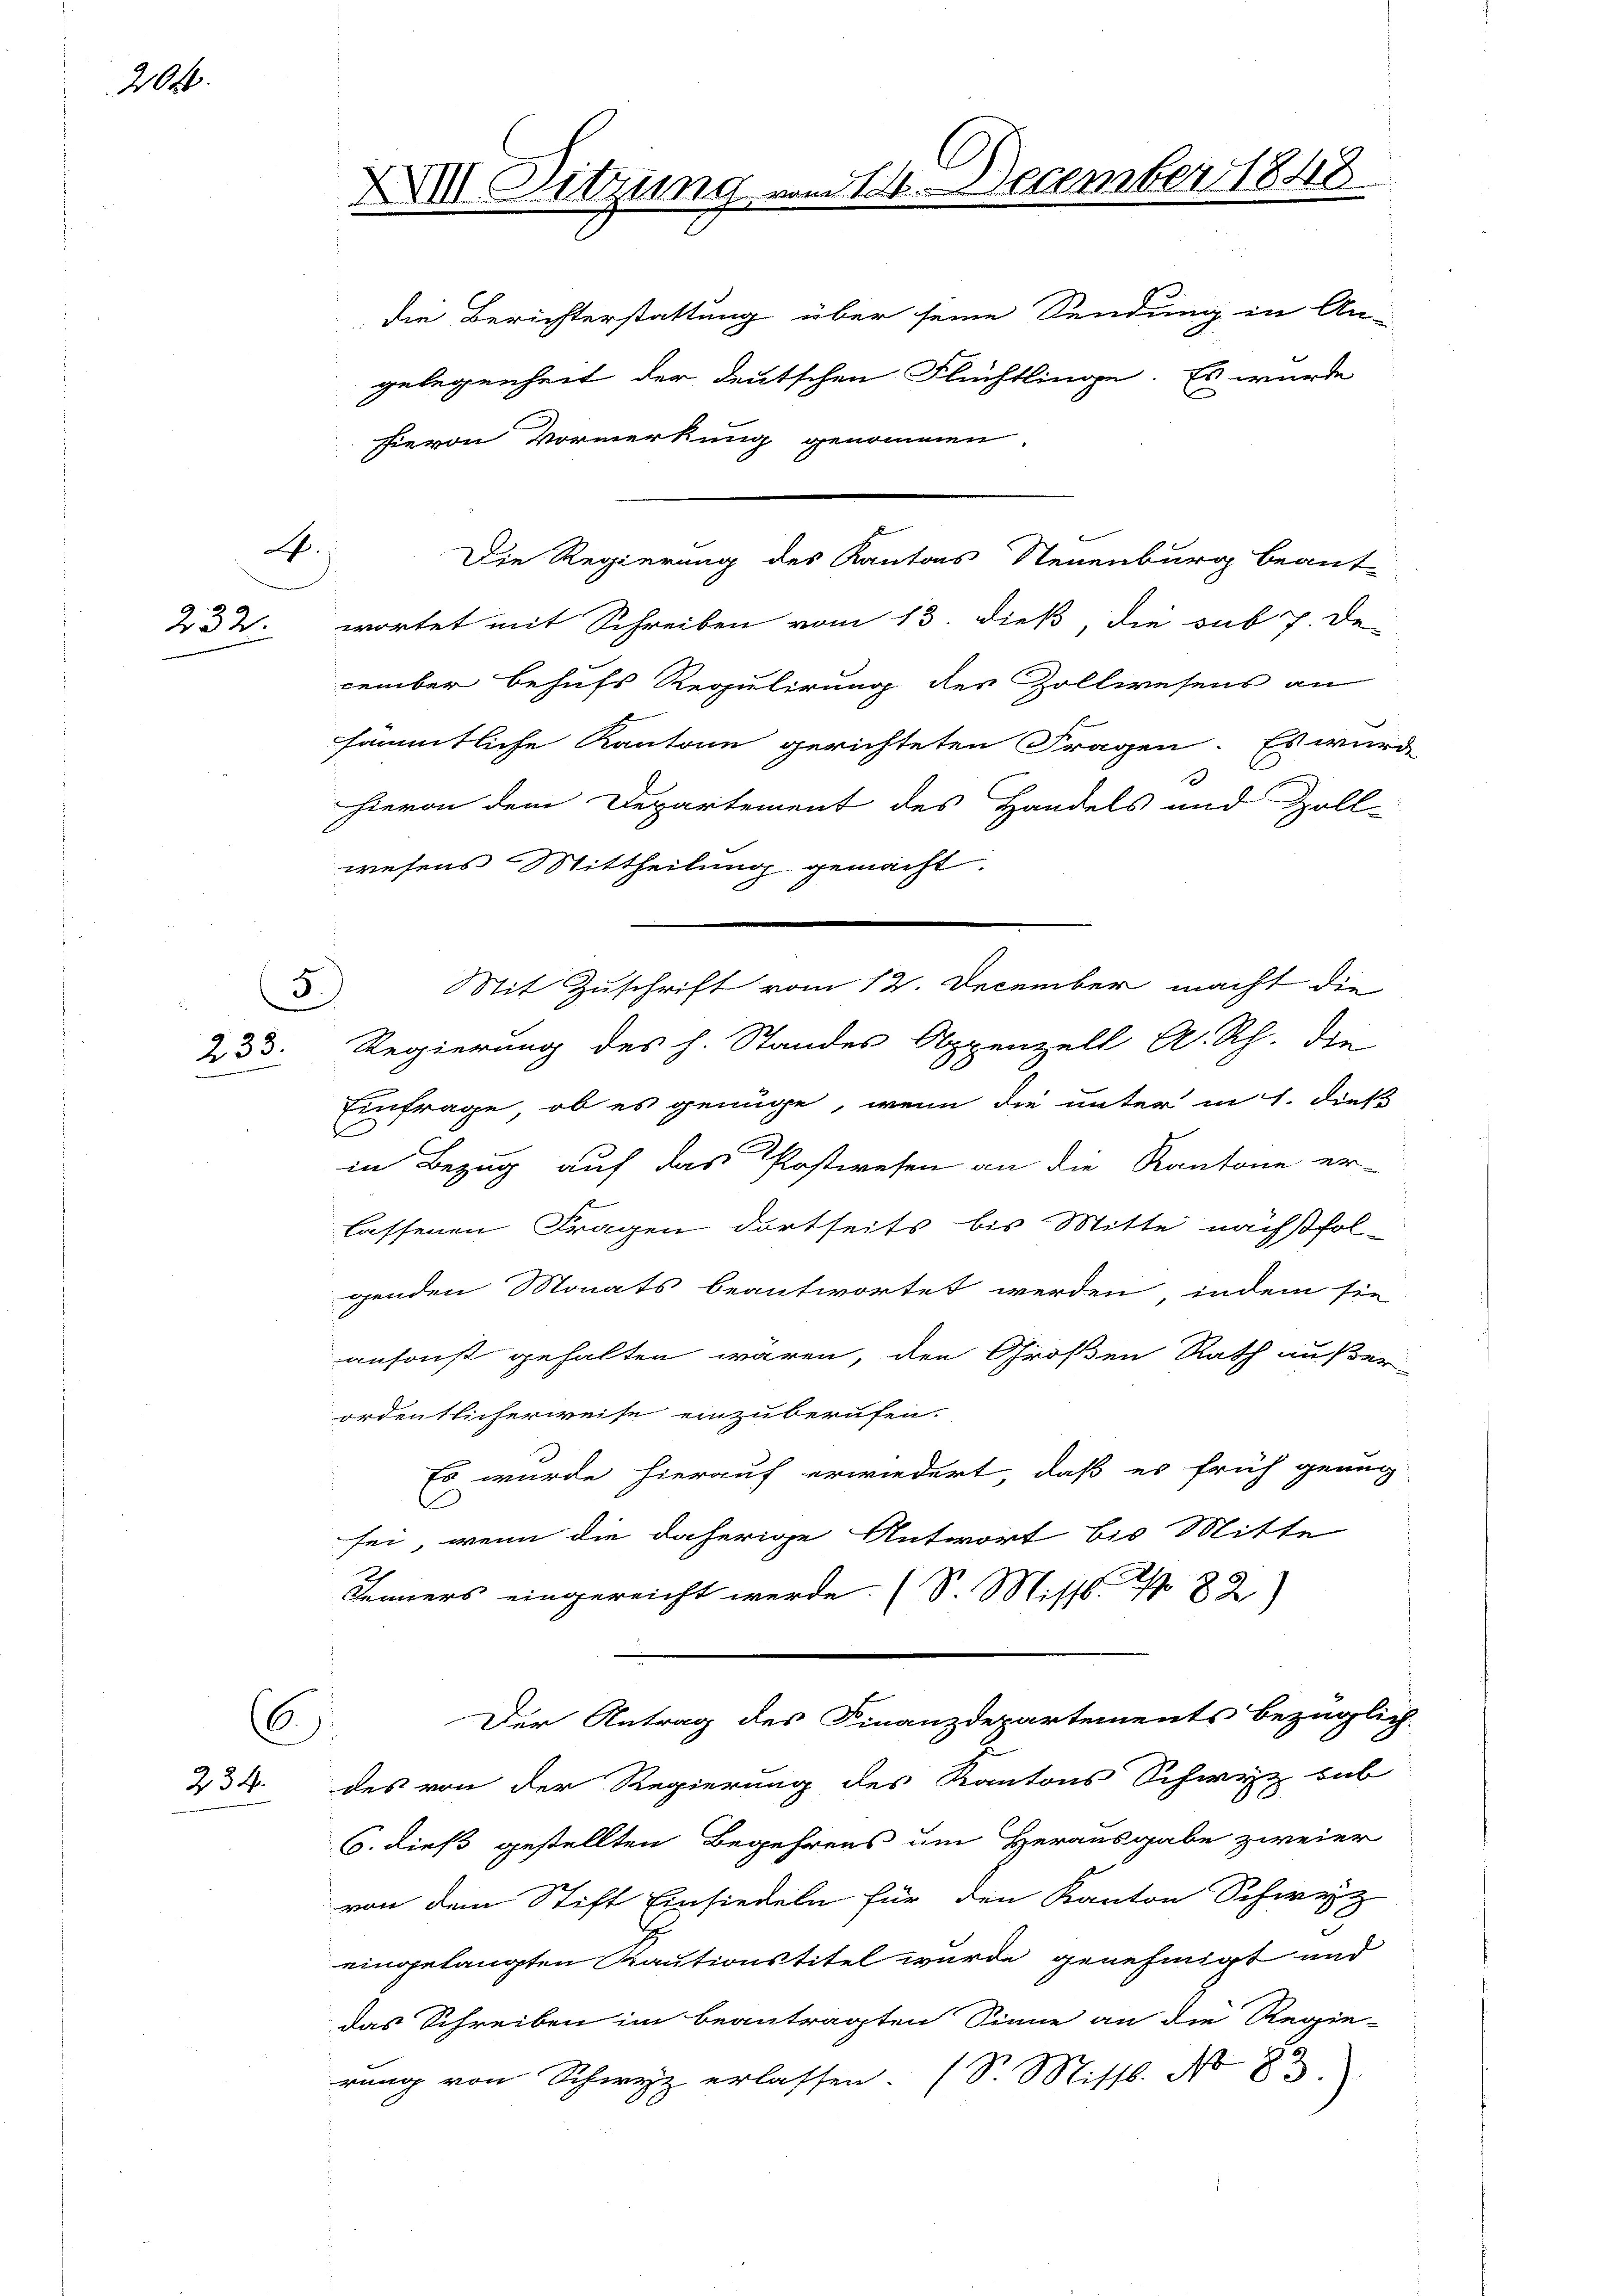
206.

4.)
232.

5
¬
233.

6.
234.

XII. Sitzung vom 14. December 1848
die Berichterstattung über seine Sendung in An-
gelegenheit der deutschen Flüchtlinge. Es wurde
hievon Vormerkung genommen

wortet mit Schreiben vom 13. dieß, die sub 7. De-
cember behufs Regulirung des Zollwesens an
sämmtliche Kantone gerichteten Fragen. Es wurde
hievon dem Departement des Handels und Zoll-
wiesens Mittheilung gemacht
Regierung des h. Standes Appenzell A. Rh. die
Einfrage, ob es genüge, wenn die unter in 1. dieß
in Bezug auf das Postwesen an die Kantone er-
s
lassenen Fragen dortseits bis Mitte nächßfol-
genden Monats beantwortet werden, indem sie
ansonst gehalten wären, den Großen Rath außer-
ordentlicherweise einzuberufen.
Es wurde hierauf erwiedert, daß es früh genug
sei, wenn die daherige Antwort bis Mitte
Jenners eingereicht werde. (S. Missb. 1 82)
Der Antrag des Finanzdepartements bezüglich
des von der Regierung des Kantons Schwyz hab
6. dieß gestellten Begehrens um Herausgabe zweier
von dem Stift Einsiedeln für den Kanton Schweiz
eingelangten Kautionstitel wurde genehmigt und
das Schreiben im beantragten Sinne an die Regie-
rung von Schwyz erlassen. (S. Missb. No 83

Die Regierung des Kantons Steuenburg beant-

Mit Zuschrift vom 12. December macht die